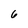
Character: 6